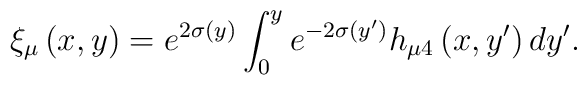
\xi_{\mu}\left(x,y\right)=e^{2\sigma(y)}\int_{0}^{y}e^{-2\sigma(y')}h_{\mu4}\left(x,y'\right)dy'.